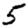
Digit: 5